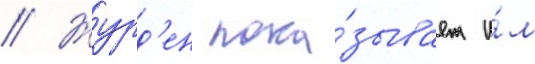
// Журд'ен пока́зывает и́м